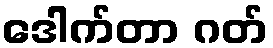
ဒေါက်တာ ဂတ်